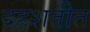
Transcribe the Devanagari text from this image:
दहशतीत